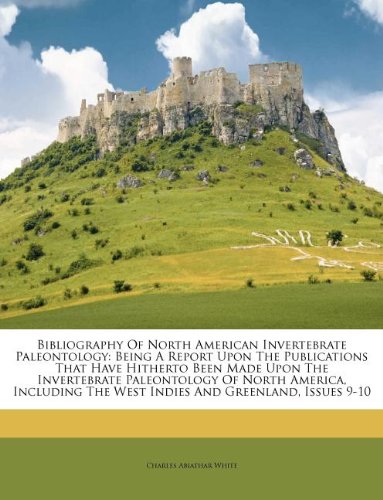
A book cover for Bibliography Of North American Invertebrate Paleontology: Being A Report Upon The Publications That Have Hitherto Been Made Upon The Invertebrate ... The West Indies And Greenland, Issues 9-10; Charles Abiathar White; History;